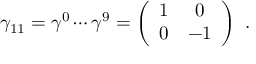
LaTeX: \gamma _ { 1 1 } = \gamma ^ { 0 } \cdots \gamma ^ { 9 } = \left( \begin{array} { c c } { { 1 } } & { { 0 } } \\ { { 0 } } & { { - 1 } } \end{array} \right) \ .